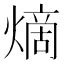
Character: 𪹧